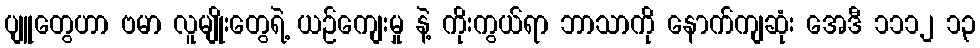
ပျူတွေဟာ ဗမာ လူမျိုးတွေရဲ့ ယဉ်ကျေးမှု နဲ့ ကိုးကွယ်ရာ ဘာသာကို နောက်ကျဆုံး အေဒီ ၁၁၁၂ ၁၃